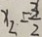
x _ { 3 } = \frac { 3 } { 2 }